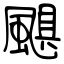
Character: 颶